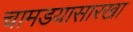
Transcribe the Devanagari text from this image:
चामडयासारखा